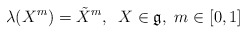
\begin{align*}\lambda(X^m) = \tilde{X}^m,\;\; X\in \mathfrak{g}, ~m\in [0,1]\end{align*}